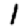
Digit: 1